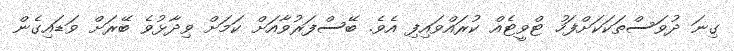
ގިނަ ދުވަސްތަކަކަށްފަހު ޓްވީޓެއް ކުރައްވައިފި އެވެ. ބޭސްފަރުވާއަށް ކަމަށް ވިދާޅުވެ ބޭރަށް ވަޑައިގެން